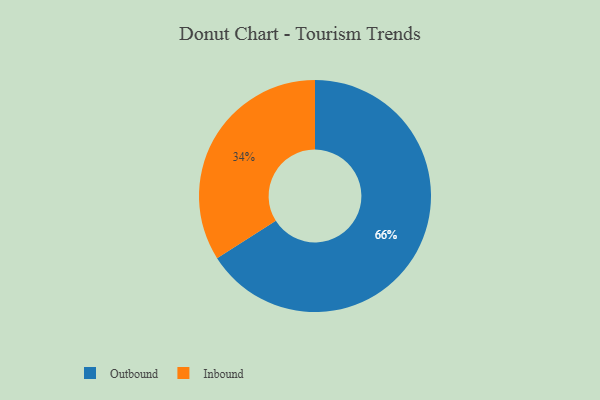
{"axis": {"x": "Category", "y": "Percentage"}, "legend": ["Inbound", "Outbound"], "data": [{"x": "Inbound", "y": 34, "type": "Inbound"}, {"x": "Outbound", "y": 66, "type": "Outbound"}]}